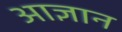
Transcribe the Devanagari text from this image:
आज्ञान